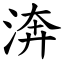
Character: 渀